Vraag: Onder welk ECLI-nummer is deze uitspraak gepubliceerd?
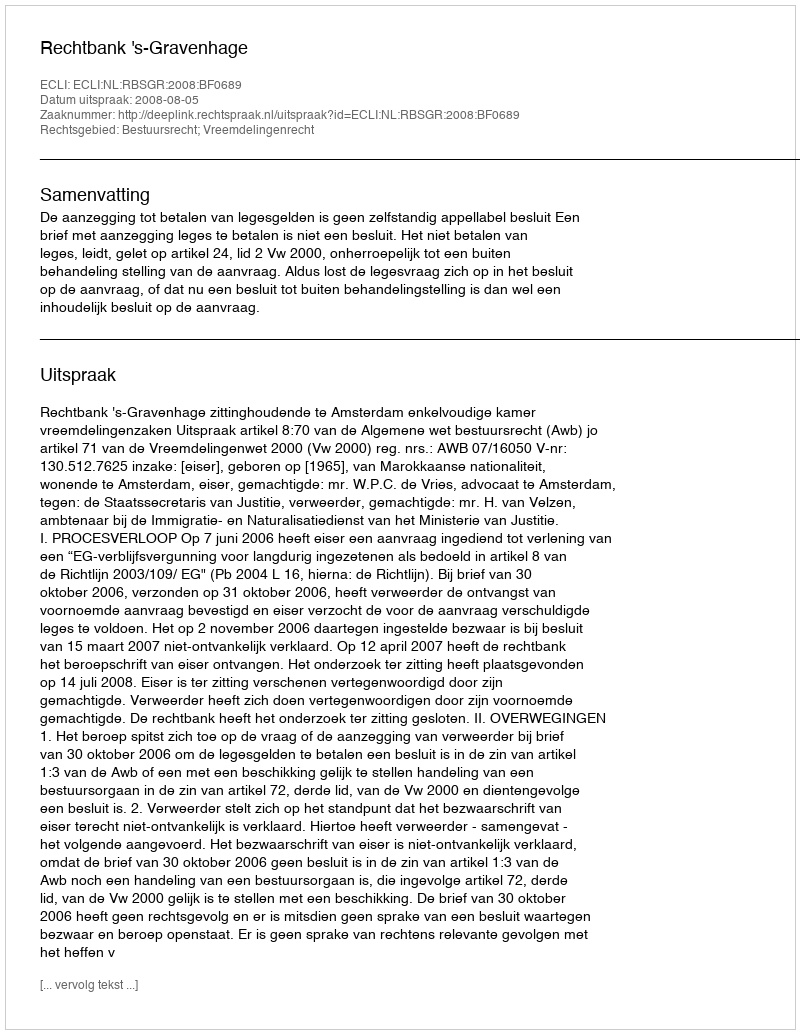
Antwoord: ECLI:NL:RBSGR:2008:BF0689